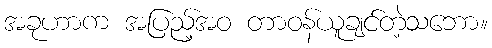
အခုဟာက အပြည့်အဝ တာဝန်ယူချင်တဲ့သဘော။